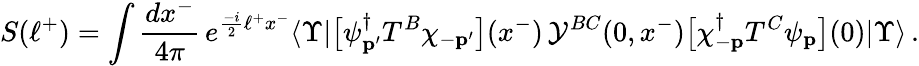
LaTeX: S(\ell^{+})=\int\frac{dx^{-}}{4\pi}\, e^{\frac{-i}{2}\ell^{+}x^{-}}\langle\Upsilon|\big[\psi_{\mathbf p^{\prime}}^{\dagger}T^{B}\chi_{-{\mathbf p^{\prime}}}\big](x^{-})\, {\cal Y}^{BC}(0,x^{-})\big[\chi_{-{\mathbf p}}^{\dagger}T^{C}\psi_{\mathbf p}\big](0)|\Upsilon\rangle\, .